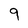
Character: 9